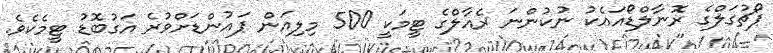
ޕޯޗުގަލްގެ ރޮނާލްޑޯއައެކު ނުކުންނަ ރެއާލްގެ ޓީމަކީ 500 މިލިއަން ޕައުންޑަށްވުރެ އަގުބޮޑު ޓީމެކެވެ.